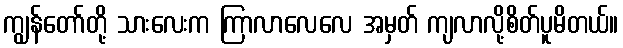
ကျွန်တော်တို့ သားလေးက ကြာလာလေလေ အမှတ် ကျလာလို့စိတ်ပူမိတယ်။